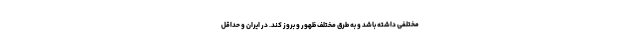
مختلفی داشته باشد و به طرق مختلف ظهور و بروز کند. در ایران و حداقل